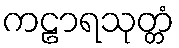
ကဠာရသုတ္တံ